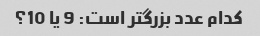
کدام عدد بزرگتر است: 9 یا 10؟